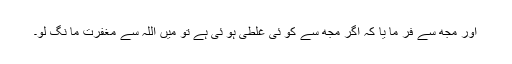
اور مجھ سے فر ما یا کہ اگر مجھ سے کو ئی غلطی ہو ئی ہے تو میں اللہ سے مغفرت ما نگ لو۔